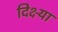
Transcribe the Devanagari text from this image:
दिक्ष्या